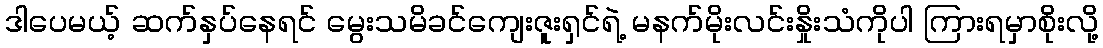
ဒါပေမယ့် ဆက်နှပ်နေရင် မွေးသမိခင်ကျေးဇူးရှင်ရဲ့ မနက်မိုးလင်းနှိုးသံကိုပါ ကြားရမှာစိုးလို့